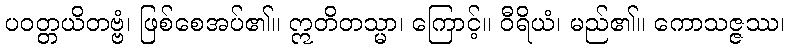
ပဝတ္တယိတဗ္ဗံ၊ ဖြစ်စေအပ်၏။ ဣတိတသ္မာ၊ ကြောင့်။ ဝီရိယံ၊ မည်၏။ ကောသဇ္ဇဿ၊